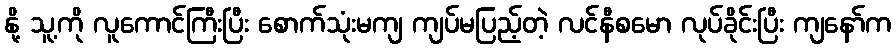
နို့ သူ့ကို လူကောင်ကြီးပြီး စောက်သုံးမကျ ကျပ်မပြည့်တဲ့ လင်နီစမော လုပ်ခိုင်းပြီး ကျနော်က